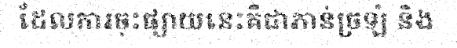
ដែលការចុះផ្សាយនេះគឺជាភាន់ច្រឡំ និង